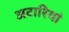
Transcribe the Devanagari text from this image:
अटारियां